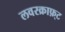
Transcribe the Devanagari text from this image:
लवरक्राफ़्ट